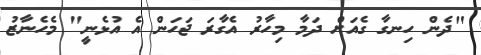
"ދެން ހިނގާ ގެއަށް ދަމާ މިހާރު އެގާރަ ޖަހަން އެ އުޅެނީ" މެހެނާޒު